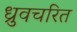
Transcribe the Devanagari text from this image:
ध्रुवचरित